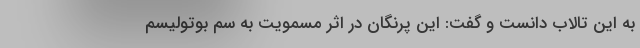
به این تالاب دانست و گفت: این پرنگان در اثر مسمویت به سم بوتولیسم